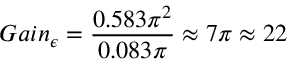
G a i n _ { \epsilon } = \frac { 0 . 5 8 3 \pi ^ { 2 } } { 0 . 0 8 3 \pi } \approx 7 \pi \approx 2 2